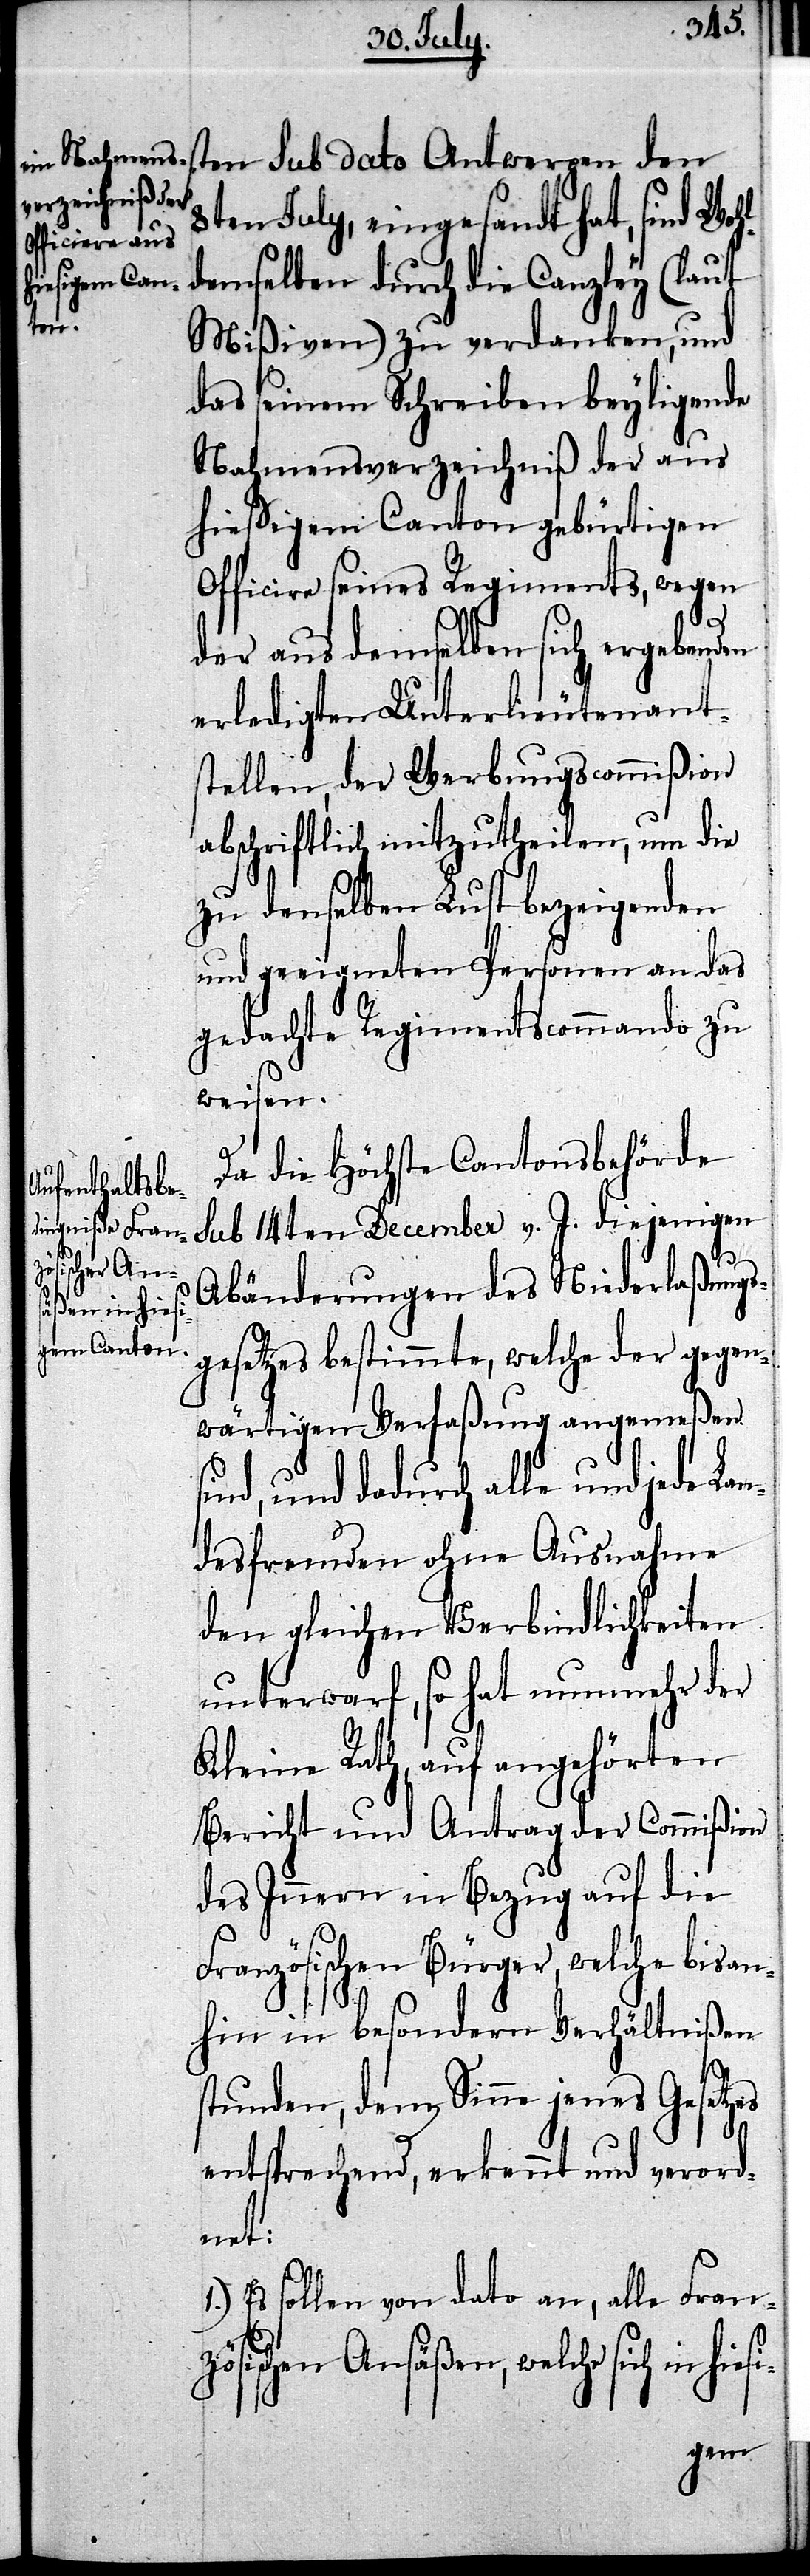
es
h in hiesi-

s¬
Da die Höchste Cantonsbehörde
sub 14ten December v. J. diejenigen
Abänderungen des Niederlaßungs¬
gesetzes bestimmte, welche der gegen¬
wärtigen Verfaßung angemeßen
ind, und dadurch alle und jede Lan¬
desfremden ohne Ausnahme
den gleichen Verbindlichkeiten
unterwarf, so hat nunmehr der
Kleine Rath, auf angehörten
Bericht und Antrag der Commißion
des Innern in Bezug auf die
Französischen Bürger, welche bisan¬
hin in besondern Verhältnißen
stunden, dem Sinne jenes Gesetz¬
entsprechend, erkennt und verord¬
net:
Es sollen von dato an, alle Franz¬
ösischen Ansäßen, welche sic¬